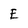
Character: E